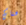
هناك